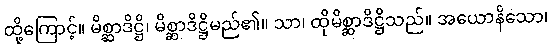
ထို့ကြောင့်။ မိစ္ဆာဒိဋ္ဌိ၊ မိစ္ဆာဒိဋ္ဌိမည်၏။ သာ၊ ထိုမိစ္ဆာဒိဋ္ဌိသည်။ အယောနိသော၊